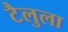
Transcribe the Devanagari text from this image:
टैलुला